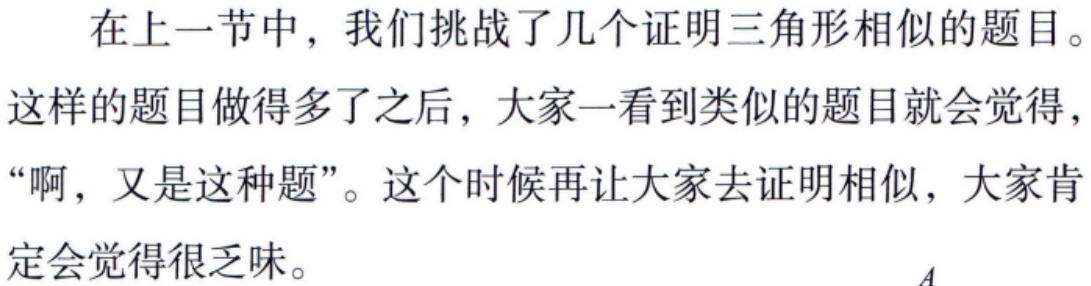
在上一节中，我们挑战了几个证明三角形相似的题目。这样的题目做得多了之后，大家一看到类似的题目就会觉得，“啊，又是这种题”。这个时候再让大家去证明相似，大家肯定会觉得很乏味。